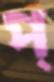
প্